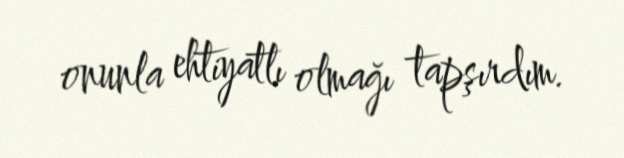
onunla ehtiyatlı olmağı tapşırdım.